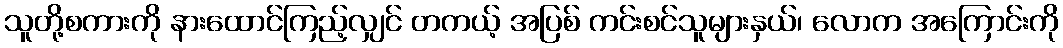
သူတို့စကားကို နားထောင်ကြည့်လျှင် တကယ့် အပြစ် ကင်းစင်သူများနှယ်၊ လောက အကြောင်းကို